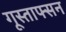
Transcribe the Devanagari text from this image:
गूस्ताफ्सन